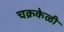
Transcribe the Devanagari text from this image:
चक्रकेळी